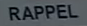
RAPPEL